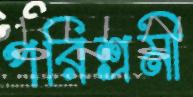
পরিশ্রমী